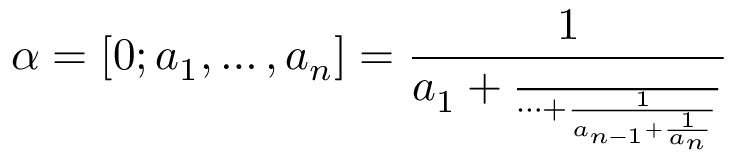
\alpha = [ 0 ; a _ { 1 } , \ldots , a _ { n } ] = \frac { 1 } { a _ { 1 } + \frac { \phantom { 1 } } { \cdots + \frac { 1 } { a _ { n - 1 } + \frac { 1 } { a _ { n } } } } }